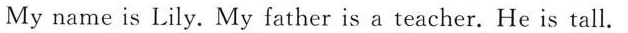
My name is Lily. My father is a teacher. He is tall.